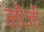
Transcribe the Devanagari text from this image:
मोंजी